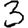
Digit: 3